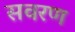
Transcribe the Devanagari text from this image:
सवरण